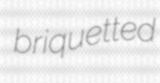
briquetted